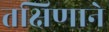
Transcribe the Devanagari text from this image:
तक्षिणाने